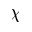
\chi